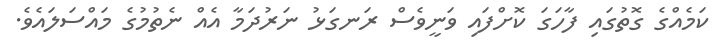
ކަމެއްގެ ގޮތުގައި ފާހަގަ ކޮށްފައި ވަނީވެސް ރަނގަޅު ނަރުދަމާ އެއް ނެތުމުގެ މައްސަލައެވެ.